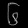
Digit: ၆